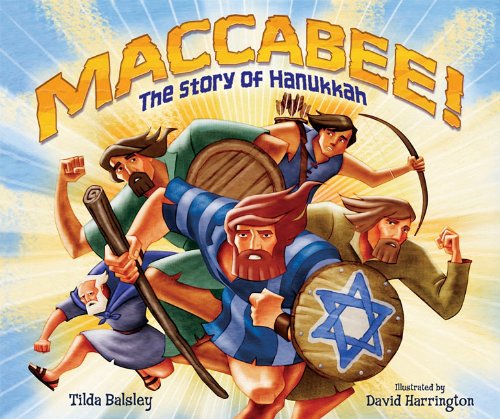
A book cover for Maccabee!: The Story of Hanukkah; Tilda Balsley; Children's Books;